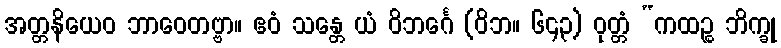
အတ္တနိယေဝ ဘာဝေတဗ္ဗာ။ ဧဝံ သန္တေ ယံ ဝိဘင်္ဂေ (ဝိဘ။ ၆၄၃) ဝုတ္တံ “ကထဉ္စ ဘိက္ခု